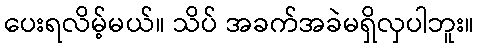
ပေးရလိမ့်မယ်။ သိပ် အခက်အခဲမရှိလှပါဘူး။